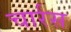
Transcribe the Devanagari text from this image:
चार्रस